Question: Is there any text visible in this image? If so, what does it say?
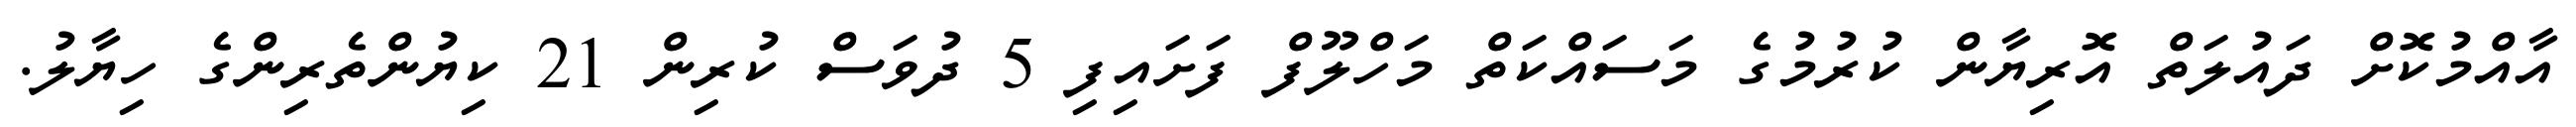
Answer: އާއްމުކޮށް ދައުލަތް އޮރިޔާން ކުރުމުގެ މަސައްކަތް މަހްލޫފް ފަށައިފި 5 ދުވަސް ކުރިން 21 ކިޔުންތެރިންގެ ހިޔާލު.